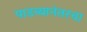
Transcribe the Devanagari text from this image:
पाडव्यानंतरचा